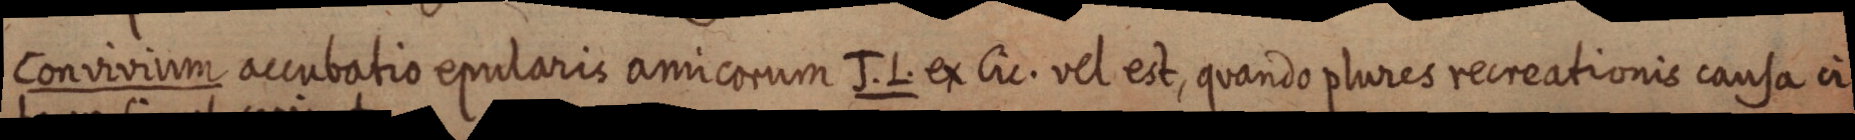
Convivium accubation epularis amicorum J. L. ex Cic. vel est, quando plures recreationo causa ci